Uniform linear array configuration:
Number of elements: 12
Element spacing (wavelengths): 0.5
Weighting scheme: hann
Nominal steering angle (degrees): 0
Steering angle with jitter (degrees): -1.526
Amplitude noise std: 0.05
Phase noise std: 0.05

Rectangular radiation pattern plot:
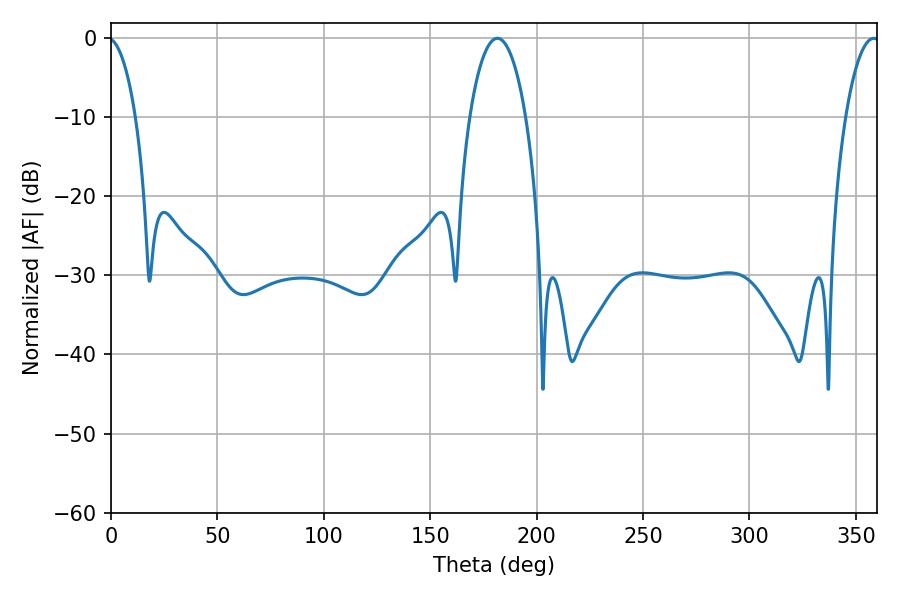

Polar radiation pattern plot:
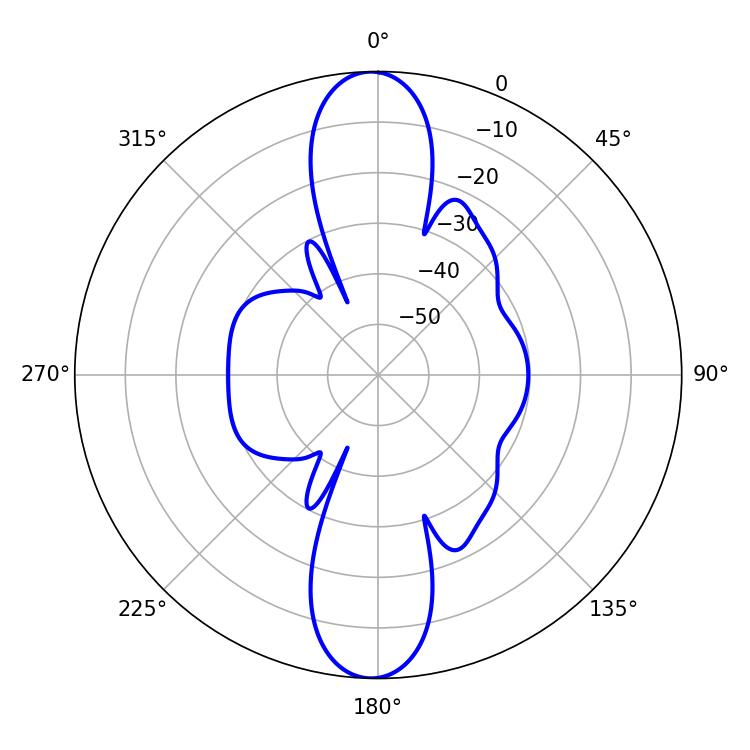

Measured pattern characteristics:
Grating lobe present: FALSE
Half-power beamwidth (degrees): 14.76
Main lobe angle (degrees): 181.62